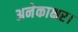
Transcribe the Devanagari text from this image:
अनेकाक्षर।